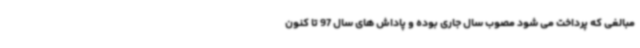
مبالغی که پرداخت می شود مصوب سال جاری بوده و پاداش های سال 97 تا کنون